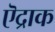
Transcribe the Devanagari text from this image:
ऎद्राक